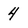
Character: 4